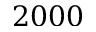
2 0 0 0